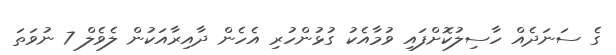
ގެ ސަނަދެއް ހާސިލުކޮށްފައި ވުމާއެކު ގުޅުންހުރި އެހެން ދާއިރާއަކުން ލެވެލް 7 ނުވަތަ